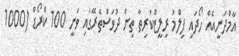
އާމްދަނީއެއް ހޯދައި ފިލްމު ރިލީޒްކުރިތާ ތިން ދުވަސްތެރޭގައި ވަނީ 100 ކްރޯޑް (1000